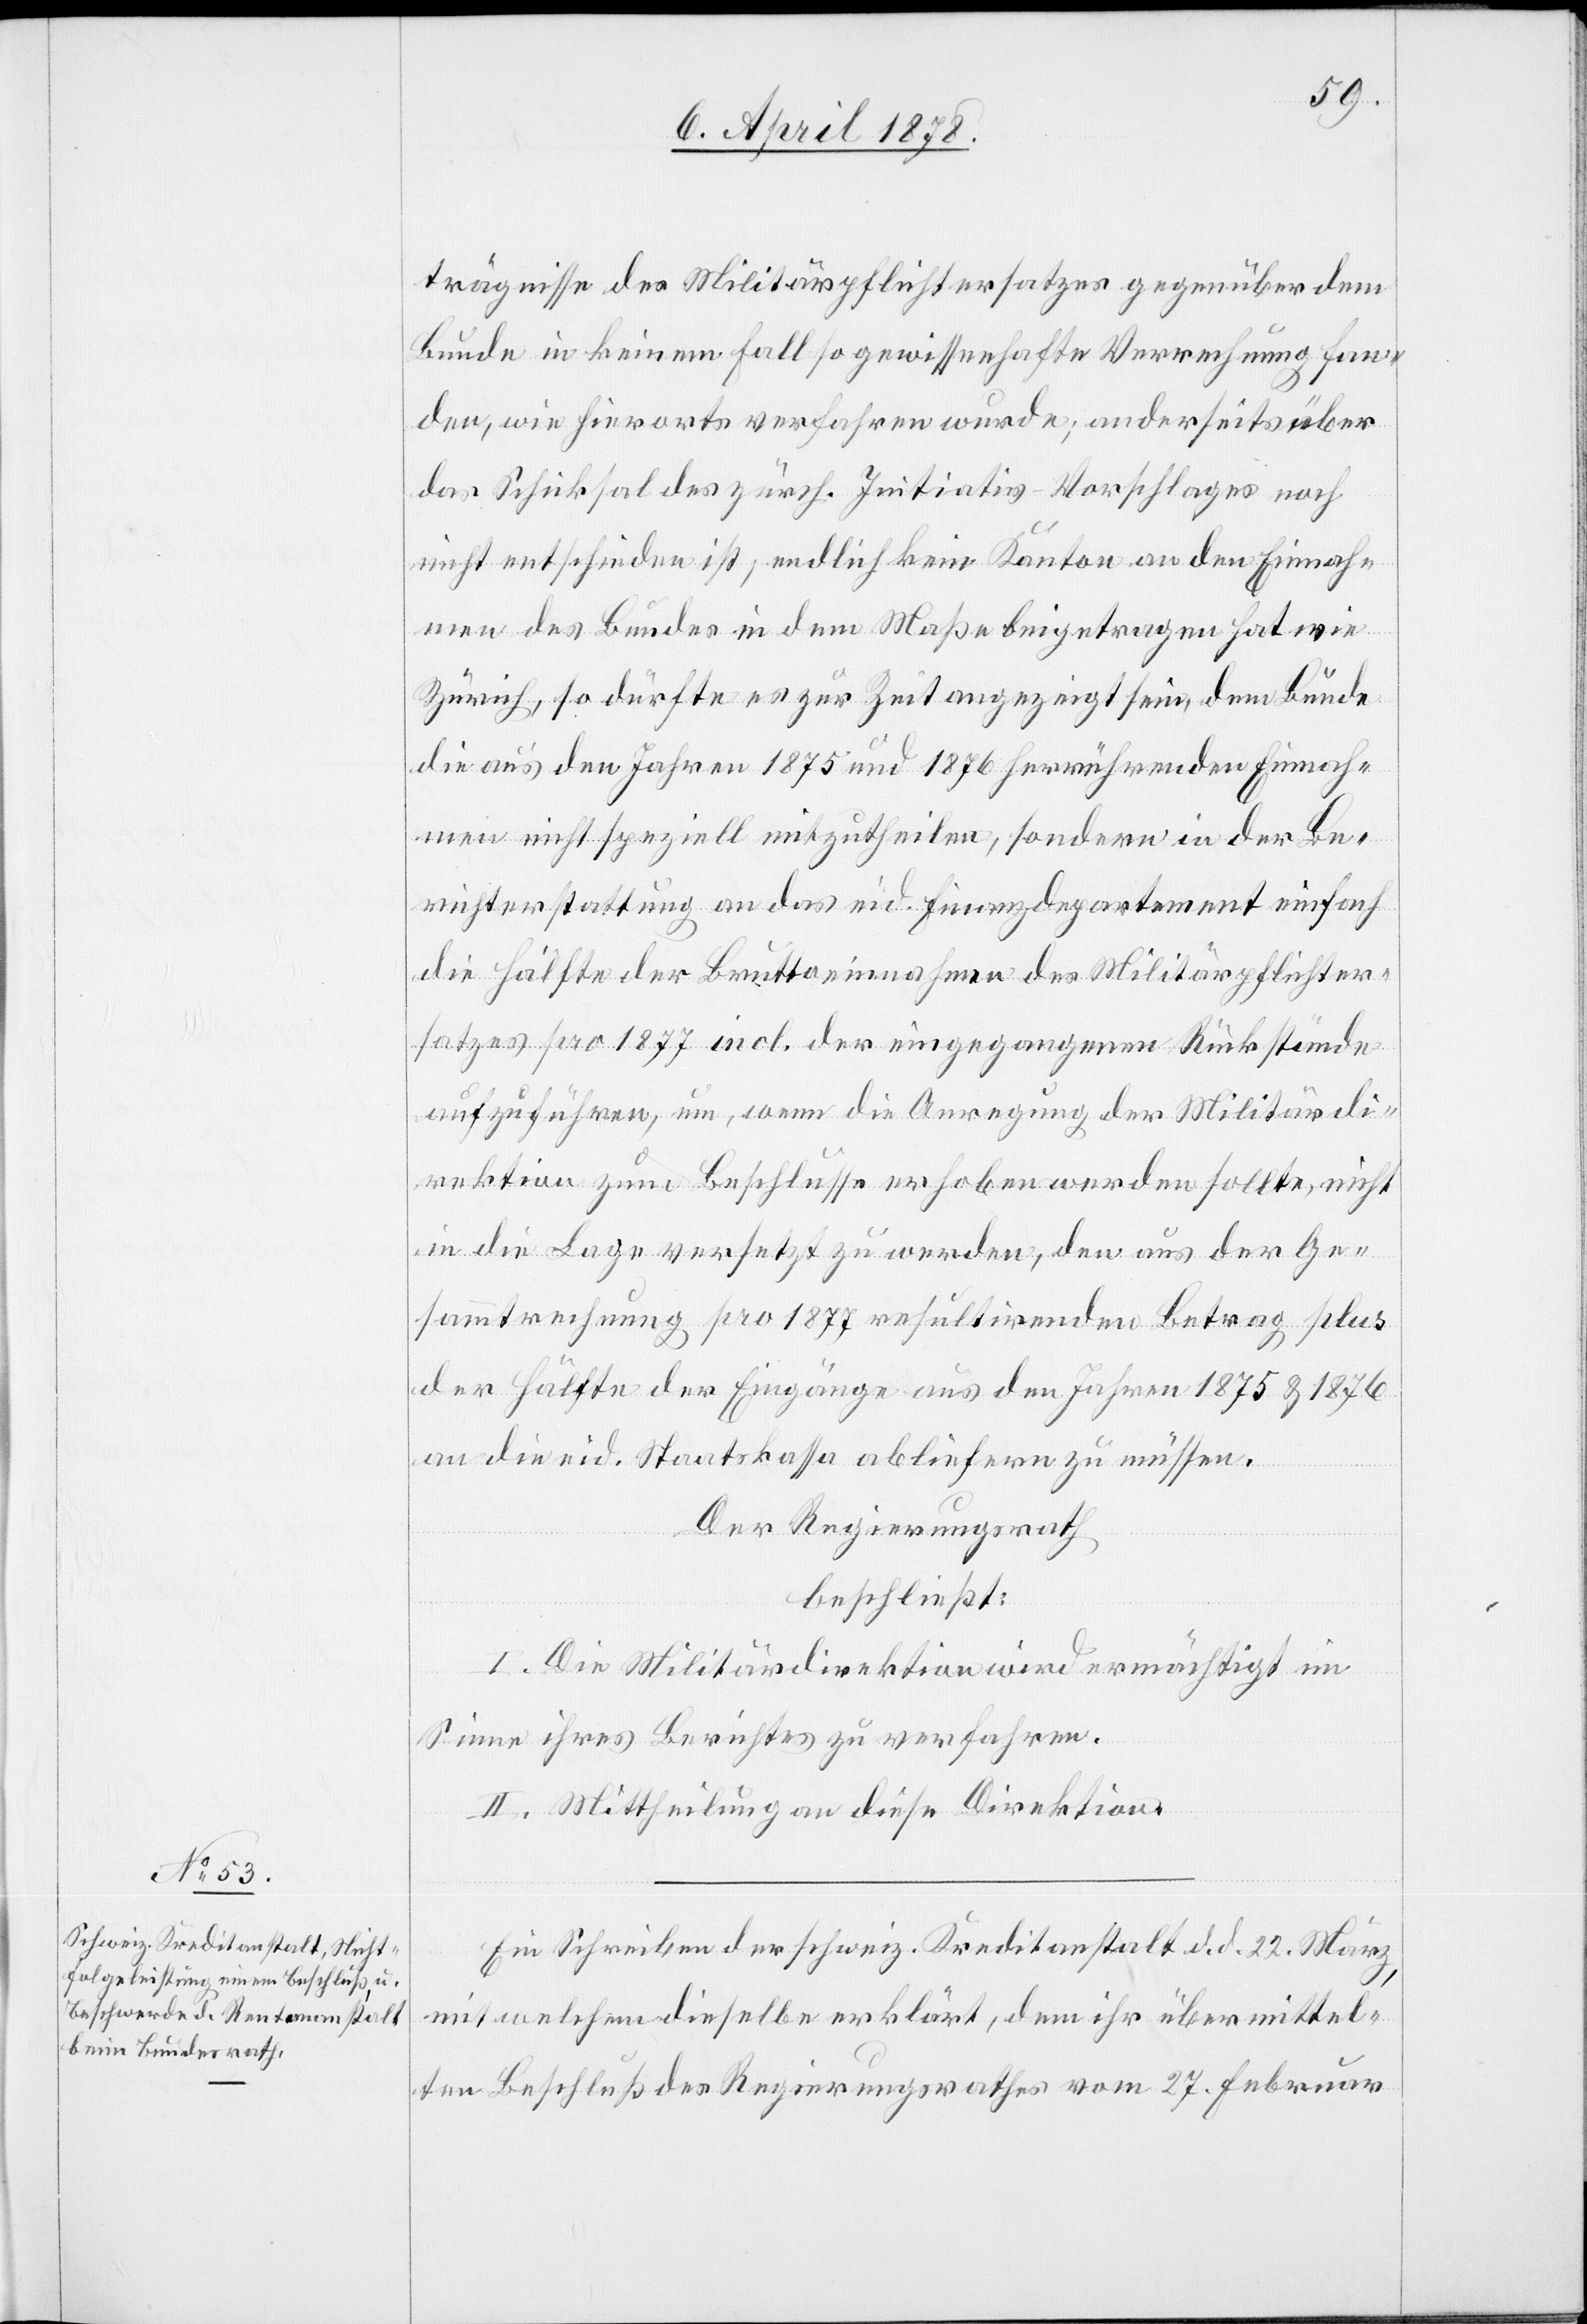
trägnisse des Militärpflichtersatzes gegenüber dem
Bunde in keinem Fall so gewissenhafte Verrechnung fan¬
den, wie hierorts verfahren wurde; anderseits über
das Schicksal des zürch. Initiativ-Vorschlages noch
nicht entschieden ist, endlich kein Kanton an den Einnah¬
men des Bundes in dem Maße beigetragen hat wie
Zürich, so dürfte es zur Zeit angezeigt sein, dem Bunde
die aus den Jahren 1875 und 1876 herrührenden Einnah¬
men nicht speziell mitzutheilen, sondern in der Be¬
richterstattung an das eid. Finanzdepartement einfach
die Hälfte der Bruttoeinnahmen des Militärpflichter¬
satzes pro 1877 incl. der eingegangenen Rückstände
aufzuführen, um, wenn die Anregung der Militärdi¬
rektion zum Beschlusse erhoben werden sollte, nicht
in die Lage versetzt zu werden, den aus der Ge¬
sammtrechnung pro 1877 resultirenden Betrag plus
der Hälfte der Eingänge aus den Jahren 1875 & 1876
an die eid. Staatskasse abliefern zu müssen.
Der Regierungsrath
beschließt:
I. Die Militärdirektion wird ermächtigt im
Sinne ihres Berichtes zu verfahren.
II. Mittheilung an diese Direktion.
Ein Schreiben der schweiz. Kreditanstalt d. d. 22. März,
mit welchem dieselbe erklärt, dem ihr übermittel¬
ten Beschluß des Regierungsrathes vom 27. Februar